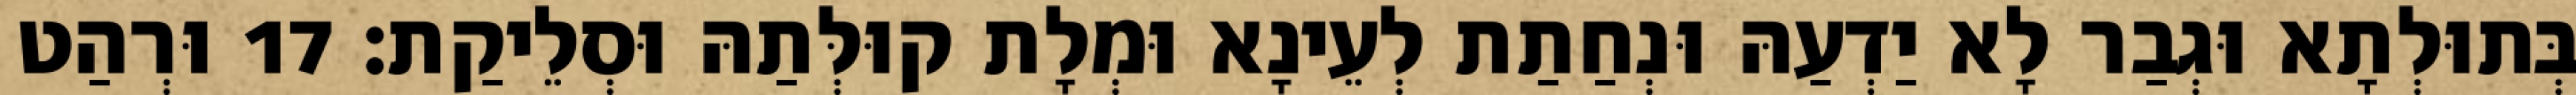
בְּתוּלְתָא וּגְבַר לָא יַדְעַהּ וּנְחַתַת לְעֵינָא וּמְלָת קוּלְּתַהּ וּסְלֵיקַת׃ 17 וּרְהַט